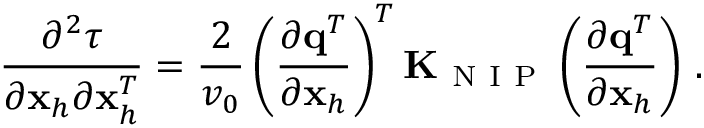
\frac { \partial ^ { 2 } \tau } { \partial { \bf x } _ { h } \partial { \bf x } _ { h } ^ { T } } = \frac { 2 } { v _ { 0 } } \left( \frac { \partial { \bf q } ^ { T } } { \partial { \bf x } _ { h } } \right) ^ { T } { \bf K } _ { \mathrm { ~ N ~ I ~ P ~ } } \left( \frac { \partial { \bf q } ^ { T } } { \partial { \bf x } _ { h } } \right) \, .